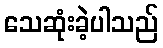
သေဆုံးခဲ့ပါသည်